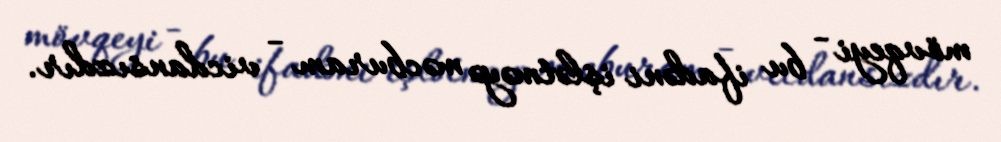
mövqeyi - bu ifadəni işlətməyə məcburam - vicdansızdır.